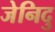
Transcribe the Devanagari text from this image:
जेनिदु